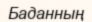
Баданның